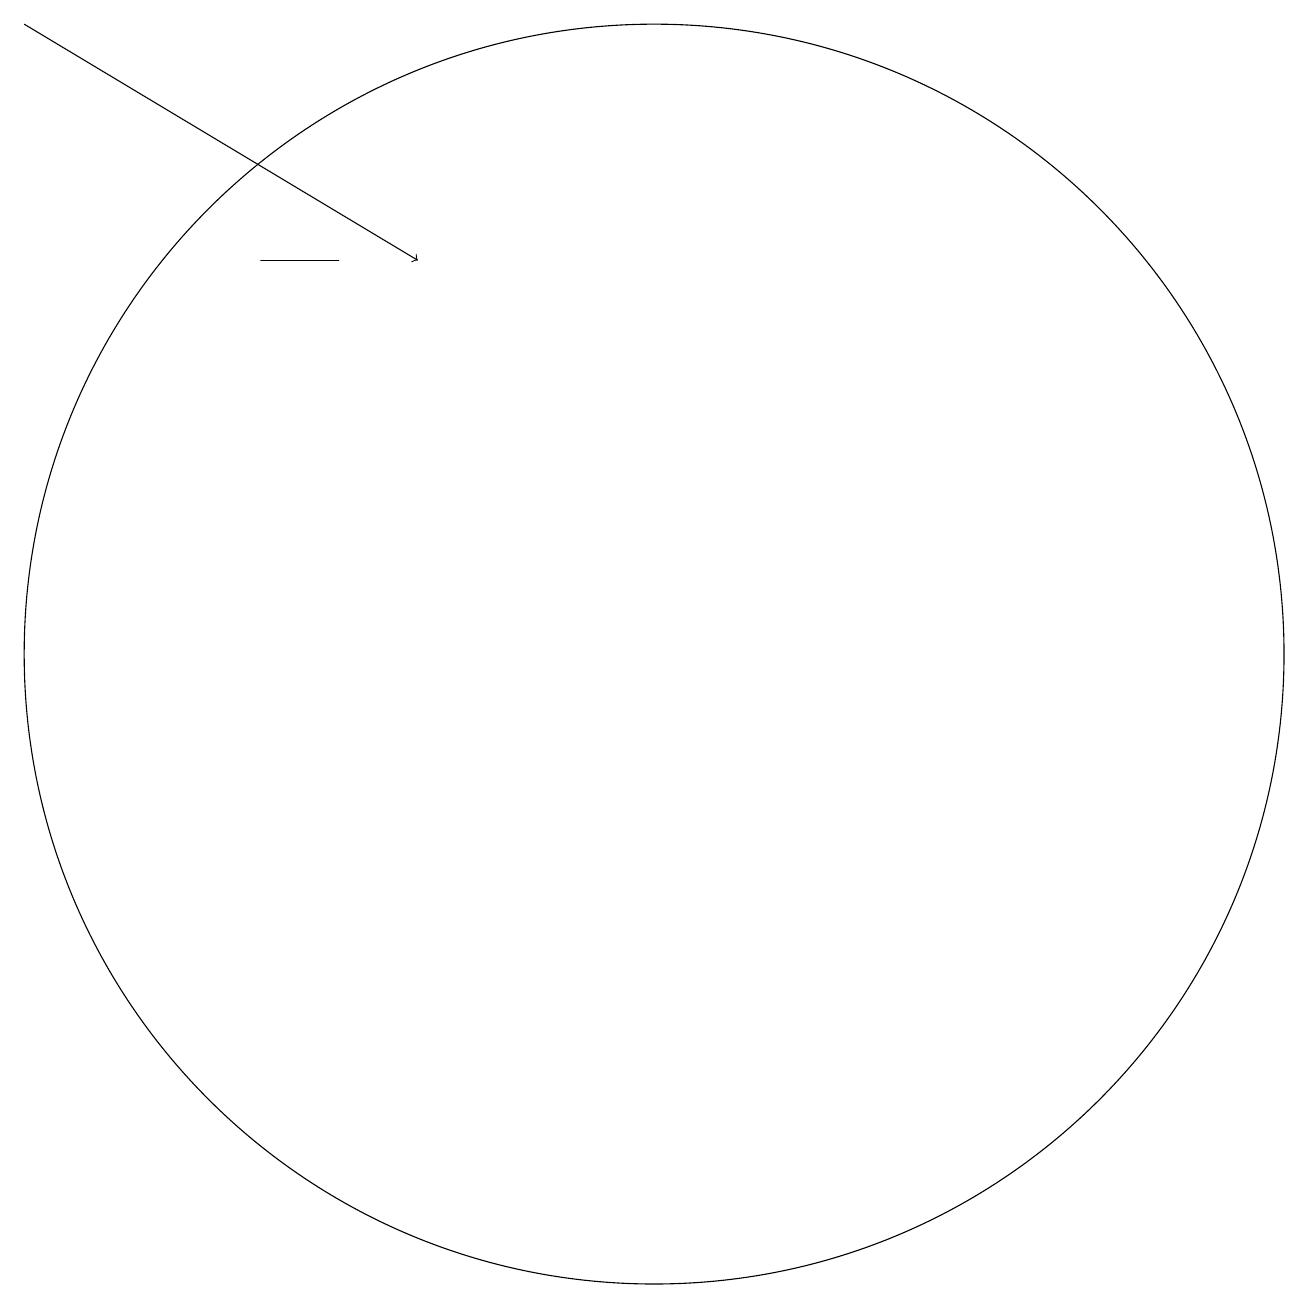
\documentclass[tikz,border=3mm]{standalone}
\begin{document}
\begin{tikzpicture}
\draw (8,16) rectangle (7,16);
\draw[->] (4,19) -- (9,16);
\draw (11,10) circle (0);
\draw (12,11) circle (8);
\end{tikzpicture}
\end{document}